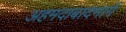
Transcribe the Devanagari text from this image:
अहमदाबादमार्गे